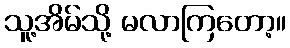
သူ့အိမ်သို့ မလာကြတော့။